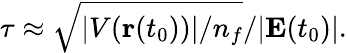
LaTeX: \tau\approx\sqrt{|V({\textbf{r}}(t_{0}))|/n_{f}}/|\textbf{E}(t_{0})|.